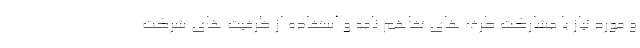
و مورد نیاز با مشارکت طرف های تفاهم نامه و استفاده از ظرفیت های شرکت